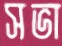
সভা